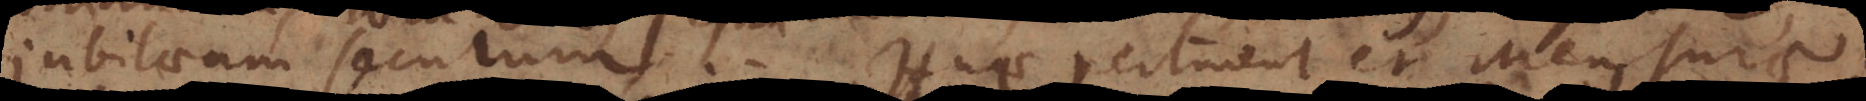
jubilaeum, seculum. Huc pertinent et Mensurae.